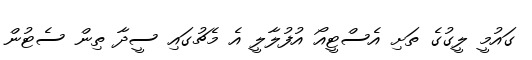
ގައުމީ ލީގުގެ ތަށި އެސްޓީއޯ އުފުލާލީ އެ މެޗުގައި ސީދާ ތިން ސެޓުން